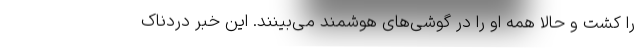
را کشت و حالا همه او را در گوشی‌های هوشمند می‌بینند. این خبر دردناک